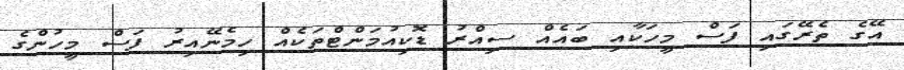
އޭގެ ތެރޭގައި ފަސް މީހަކާއި ބައެއް ސިއްރު ޑޮކިއުމަންޓްތަކެއް ހިމެނޭއިރު ފަސް މީހުންގެ